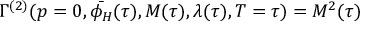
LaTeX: \Gamma ^ { ( 2 ) } ( p = 0 , \bar { \phi _ { H } } ( \tau ) , M ( \tau ) , \lambda ( \tau ) , T = \tau ) = M ^ { 2 } ( \tau )